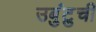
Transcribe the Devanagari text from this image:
उबुंटुची